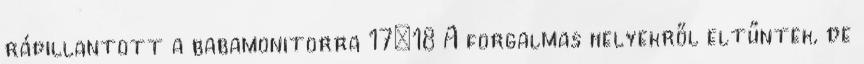
rápillantott a babamonitorra 17:18 A forgalmas helyekről eltűntek, de